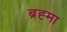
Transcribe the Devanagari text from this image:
ब्रह्‍मा